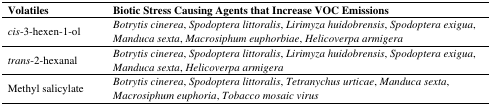
<table><thead><tr><td><b>Volatiles</b></td><td><b>Biotic Stress Causing Agents that Increase VOC Emissions</b></td></tr></thead><tbody><tr><td><i>cis</i>-3-hexen-1-ol</td><td><i>Botrytis cinerea</i>, <i>Spodoptera littoralis</i>, <i>Lirimyza huidobrensis</i>, <i>Spodoptera exigua</i>, <i>Manduca sexta</i>, <i>Macrosiphum euphorbiae</i>, <i>Helicoverpa armigera</i></td></tr><tr><td><i>trans</i>-2-hexanal</td><td><i>Botrytis cinerea</i>, <i>Spodoptera littoralis</i>, <i>Lirimyza huidobrensis</i>, <i>Spodoptera exigua</i>, <i>Manduca sexta</i>, <i>Helicoverpa armigera</i></td></tr><tr><td>Methyl salicylate</td><td><i>Botrytis cinerea</i>, <i>Spodoptera littoralis</i>, <i>Tetranychus urticae</i>, <i>Manduca sexta</i>, <i>Macrosiphum euphoria</i>, <i>Tobacco mosaic virus</i></td></tr></tbody></table>